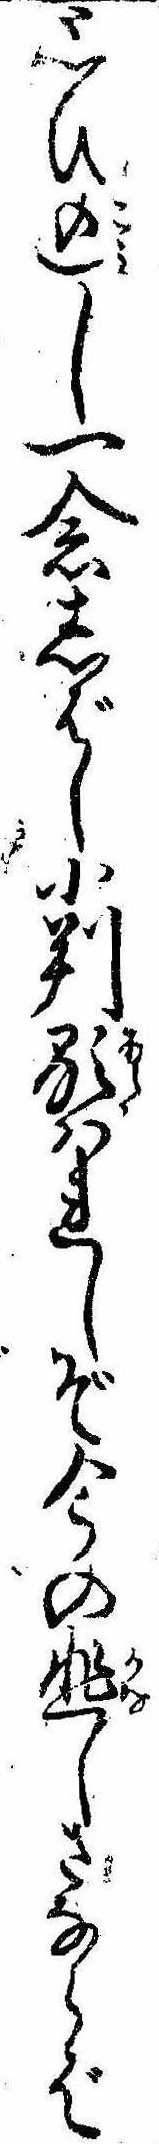
思ひ込し一念しばし小判顕はれしぞ今の悲しさならば